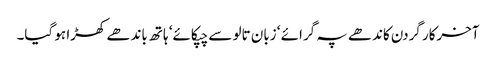
آخرکار گردن کاندھے پہ گرائے ‘ زبان تالو سے چپکائے‘ ہاتھ باندھے کھڑا ہو گیا۔